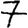
Digit: 7